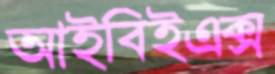
আইবিইএক্স